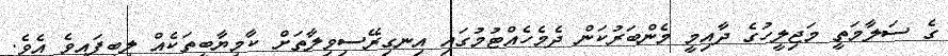
ގެ ސަލާމަތީ މަޖިލީހުގެ ދާއިމީ މެންބަރުކަން ދެމެހެއްޓުމުގައި އިނގިރޭސިވިލާތަށް ކާމިޔާބީތަކެއް ލިބިފައިވެ އެވެ.